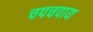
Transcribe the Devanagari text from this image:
चपचपाय